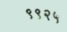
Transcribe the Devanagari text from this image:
९९२५